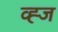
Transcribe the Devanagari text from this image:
व्ह्ज